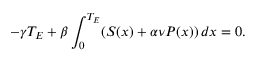
- \gamma T _ { E } + \beta \int _ { 0 } ^ { T _ { E } } ( S ( x ) + \alpha \nu P ( x ) ) \, d x = 0 .